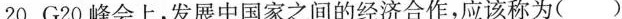
20.G2O峰会上，发展中国家之间的经济合作，应该称为( )